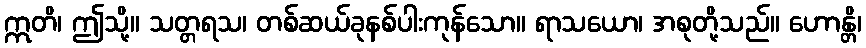
ဣတိ၊ ဤသို့။ သတ္တရသ၊ တစ်ဆယ်ခုနစ်ပါးကုန်သော။ ရာသယော၊ အစုတို့သည်။ ဟောန္တိ၊